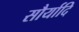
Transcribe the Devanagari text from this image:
सौर्यादि